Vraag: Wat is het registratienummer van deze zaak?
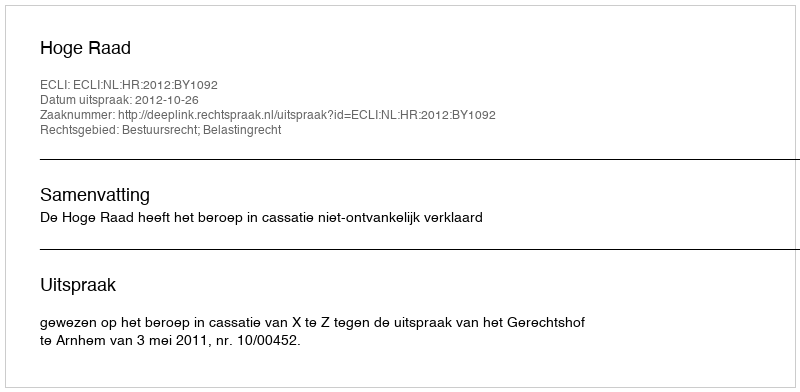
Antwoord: http://deeplink.rechtspraak.nl/uitspraak?id=ECLI:NL:HR:2012:BY1092